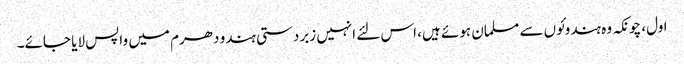
اول، چونکہ وہ ہندوئوں سے مسلمان ہوئے ہیں، اس لئے انہیں زبردستی ہندو دھرم میں واپس لایا جائے۔